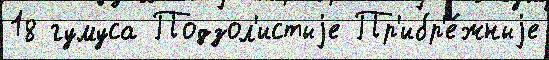
18 гумуса Подзол'истыjе Пр'ибр'е́жныjе